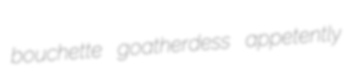
bouchette goatherdess appetently